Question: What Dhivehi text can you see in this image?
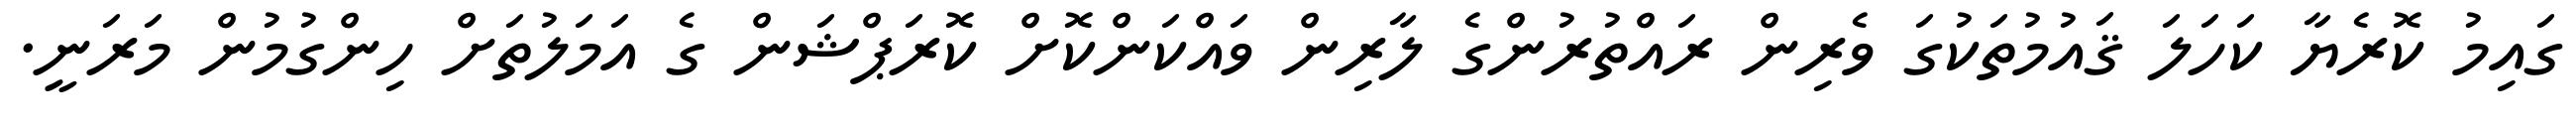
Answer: ގައިމު ކޮރެޔާ ކަހަލަ ޤައުމުތަކުގަ ވެރިން ރައްތުރުންގެ ލާރިން ވައްކަންކޮށް ކޮރަޕްޝަން ގެ އަމަލުތަށް ހިންގުމުން މަރަނީ.